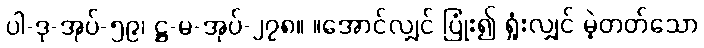
ပါ-ဒု-အုပ်-၅၉၊ ဋ္ဌ-မ-အုပ်-၂၇၈။ ။အောင်လျှင် ပြုံး၍ ရှုံးလျှင် မဲ့တတ်သော